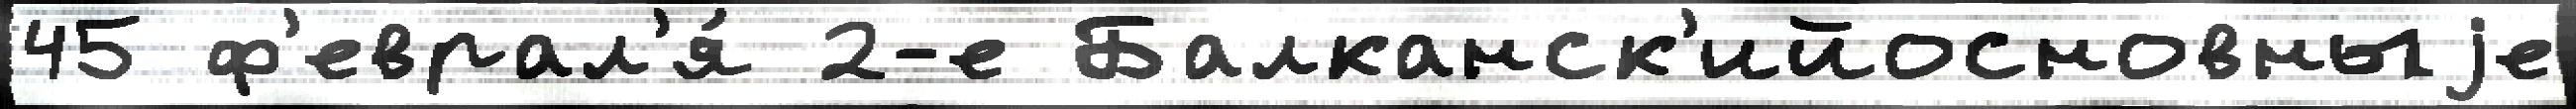
45 ф'еврал'я́ 2-е Балканск'ийосновныjе